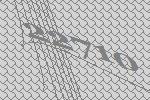
22710